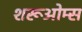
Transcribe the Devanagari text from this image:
शरूओम्स